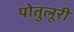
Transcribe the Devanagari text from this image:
पोतुलूरी